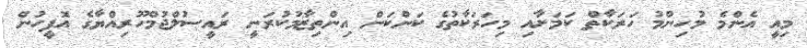
މިއީ އެންމެ މުހިންމު ހަރަކާތް ކަމަށާއި މިހަރަކާތުގެ ކަންކަން އިންތިޒާމުކުރަނީ ރައީސުލްޖުމްހޫރިއްޔާގެ އޮފީހުން